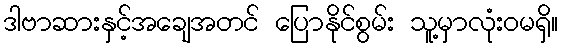
ဒါဗာဆားနှင့်အချေအတင် ပြောနိုင်စွမ်း သူ့မှာလုံးဝမရှိ။